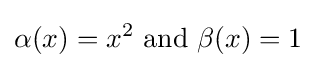
\alpha (x)=x^{2}{\text{ and }}\beta (x)=1